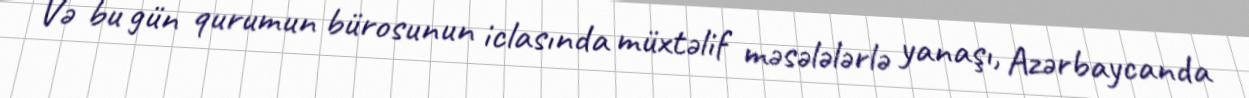
Və bu gün qurumun bürosunun iclasında müxtəlif məsələlərlə yanaşı, Azərbaycanda